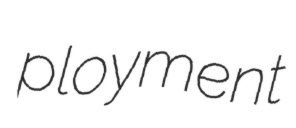
ployment